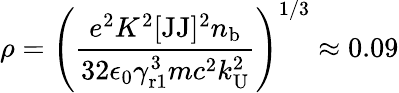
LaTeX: \rho=\left(\frac{e^{2}K^{2}[\mathrm{JJ}]^{2}n_{\mathrm{b}}}{32\epsilon_{0}\gamma_{\mathrm{r1}}^{3}mc^{2}k_{\mathrm{U}}^{2}}\right)^{1/3}\approx 0.09